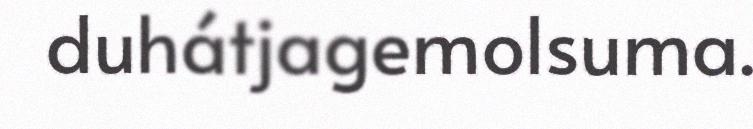
duhátjagemolsuma.